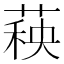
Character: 𬝣